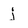
Character: j